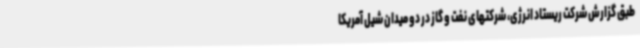
طبق گزارش شرکت ریستاد انرژی، شرکتهای نفت و گاز در دو میدان شیل آمریکا